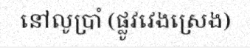
នៅលូប្រាំ (ផ្លូវវេងស្រេង)